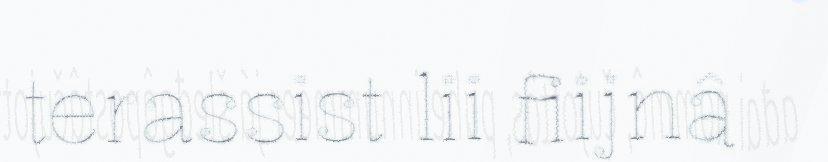
terassist lii fiijnâ